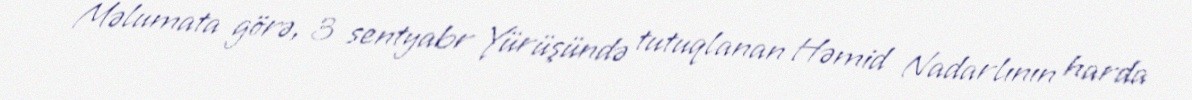
Məlumata görə, 3 sentyabr Yürüşündə tutuqlanan Həmid Nadarlının harda